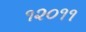
૧૨૦૧૧